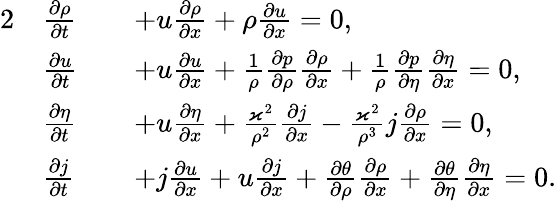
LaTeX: \begin{array}{rlrl}{{2}}&{\frac{\partial\rho}{\partial t}}&&{+u\frac{\partial\rho}{\partial x}+\rho\frac{\partial u}{\partial x}=0,}\\ &{\frac{\partial u}{\partial t}}&&{+u\frac{\partial u}{\partial x}+\frac{1}{\rho}\frac{\partial p}{\partial\rho}\frac{\partial\rho}{\partial x}+\frac{1}{\rho}\frac{\partial p}{\partial\eta}\frac{\partial\eta}{\partial x}=0,}\\ &{\frac{\partial\eta}{\partial t}}&&{+u\frac{\partial\eta}{\partial x}+\frac{\varkappa^{2}}{\rho^{2}}\frac{\partial j}{\partial x}-\frac{\varkappa^{2}}{\rho^{3}}j\frac{\partial\rho}{\partial x}=0,}\\ &{\frac{\partial j}{\partial t}}&&{+j\frac{\partial u}{\partial x}+u\frac{\partial j}{\partial x}+\frac{\partial\theta}{\partial\rho}\frac{\partial\rho}{\partial x}+\frac{\partial\theta}{\partial\eta}\frac{\partial\eta}{\partial x}=0.}\end{array}